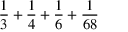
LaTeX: { \frac { 1 } { 3 } } + { \frac { 1 } { 4 } } + { \frac { 1 } { 6 } } + { \frac { 1 } { 6 8 } }